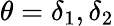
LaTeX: \theta=\delta_{1},\delta_{2}